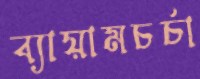
ব্যায়ামচর্চা